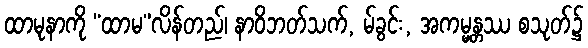
ထာမုနာကို “ထာမ”လိန်တည်၊ နာဝိဘတ်သက်, မ်ခွင်း, အကမ္မန္တဿ စသုတ်၌